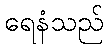
ရေနံသည်